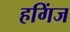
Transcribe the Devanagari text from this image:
हगिंज